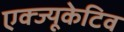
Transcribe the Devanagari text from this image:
एक्ज्यूकेटिव